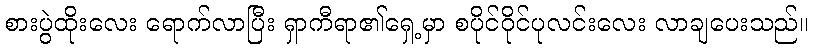
စားပွဲထိုးလေး ရောက်လာပြီး ရှာကီရာ၏ရှေ့မှာ စပိုင်ဝိုင်ပုလင်းလေး လာချပေးသည်။